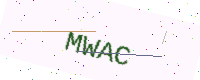
Text: MWAC